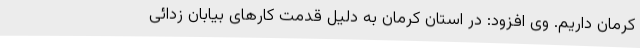
کرمان داریم. وی افزود: در استان کرمان به دلیل قدمت کارهای بیابان زدائی